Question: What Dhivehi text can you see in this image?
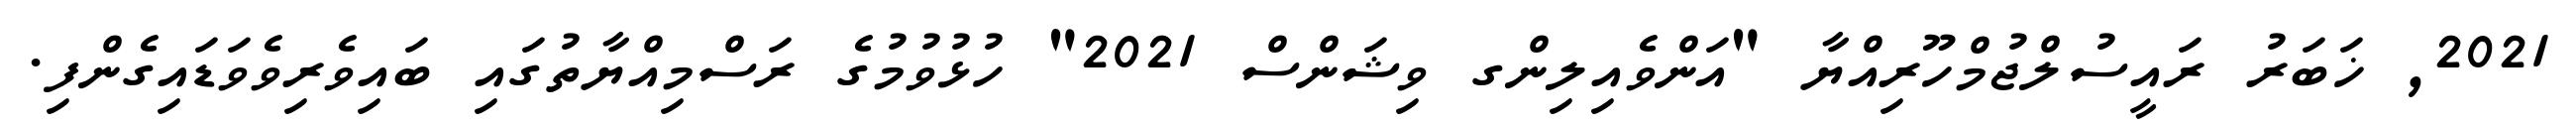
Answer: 2021, ޚަބަރު ރައީސުލްޖުމްހޫރިއްޔާ "އަންވެއިލިންގ ވިޝަންސް 2021" ހުޅުވުމުގެ ރަސްމިއްޔާތުގައި ބައިވެރިވެވަޑައިގެންފި.